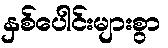
နှစ်ပေါင်းများစွာ